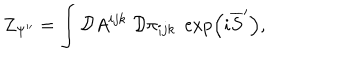
Z _ { \Psi ^ { \prime \prime } } = \int { \cal D } A ^ { i j k } \; { \cal D } \pi _ { i j k } \; \exp \left( i \overline { { { S } } } ^ { \prime } \right) ,